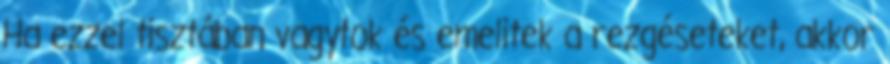
Ha ezzel tisztában vagytok és emelitek a rezgéseteket, akkor